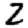
Digit: 2